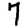
Digit: 7